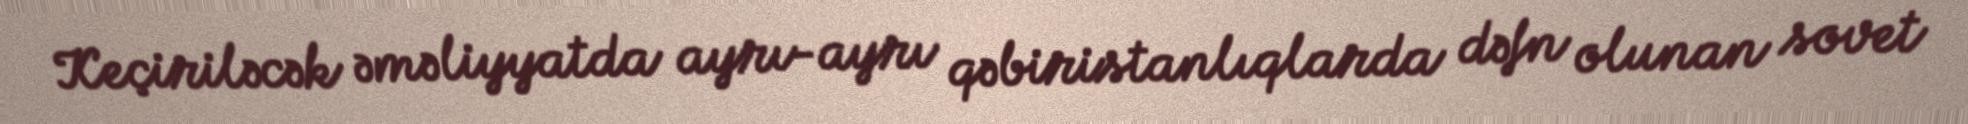
Keçiriləcək əməliyyatda ayrı-ayrı qəbiristanlıqlarda dəfn olunan sovet